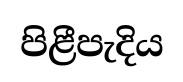
පිළීපැදිය